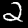
Digit: 2